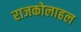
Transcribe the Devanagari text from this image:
राजकोलाहल